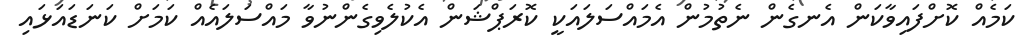
ކަމެއް ކޮށްފައިވާކަން އެނގެން ނެތުމުން އެމައްސަލައަކީ ކޮރަޕްޝަން އެކުލެވިގެންނުވާ މައްސަލައެއް ކަމަށް ކަނަޑައަޅައި